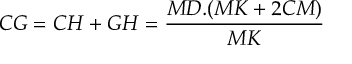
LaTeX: C G = C H + G H = { \frac { M D . ( M K + 2 C M ) } { M K } }